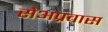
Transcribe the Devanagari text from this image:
सेअप्रवास